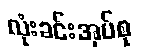
လုံးခင်းအုပ်စု